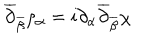
\overline { { { \partial } } } _ { \overline { { { \beta } } } } \rho _ { \alpha } = i \partial _ { \alpha } \overline { { { \partial } } } _ { \overline { { { \beta } } } } \chi